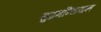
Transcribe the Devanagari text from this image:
सुब्रमन्यियन